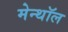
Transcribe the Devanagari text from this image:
मेन्थॉल